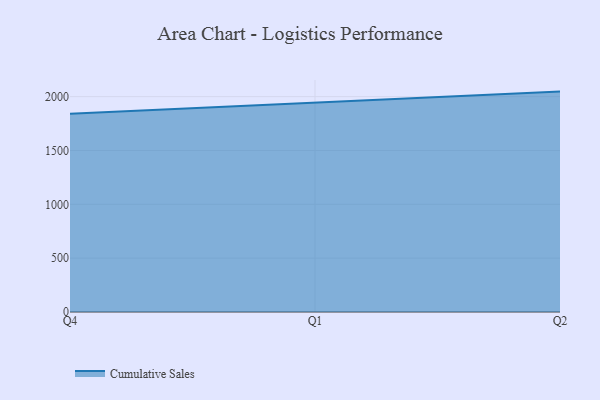
{"axis": {"x": "Quarter", "y": "Revenue (USD Million)"}, "legend": ["Cumulative Sales"], "data": [{"x": "Q4", "y": 1840.5, "type": "Cumulative Sales"}, {"x": "Q1", "y": 1945.6, "type": "Cumulative Sales"}, {"x": "Q2", "y": 2046.9, "type": "Cumulative Sales"}]}